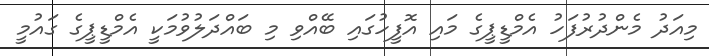
މިއަދު މެންދުރުފަހު އެމްޑީޕީގެ މައި އޮފީހުގައި ބޭއްވި މި ބައްދަލުވުމަކީ އެމްޑީޕީގެ ގައުމީ